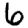
Digit: 6